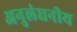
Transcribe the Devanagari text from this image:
अनुलंघनीय